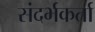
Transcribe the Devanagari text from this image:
संदर्भकर्ता